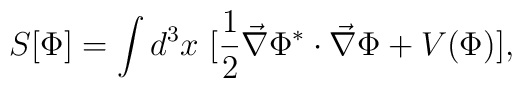
S[\Phi] = \int d^3 x \ [\frac{1}{2} \vec \nabla \Phi^* \cdot \vec \nabla \Phi +V(\Phi)],